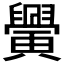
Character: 𦦴